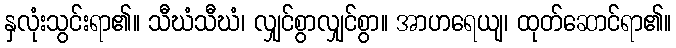
နှလုံးသွင်းရာ၏။ သီဃံသီဃံ၊ လျှင်စွာလျှင်စွာ။ အာဟရေယျ၊ ထုတ်ဆောင်ရာ၏။